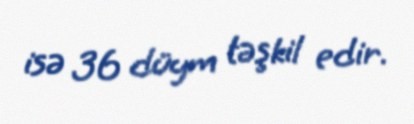
isə 36 düym təşkil edir.